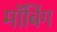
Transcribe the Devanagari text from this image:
मॉबिंग